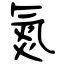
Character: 氮